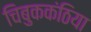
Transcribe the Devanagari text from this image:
चिबुककंठिया